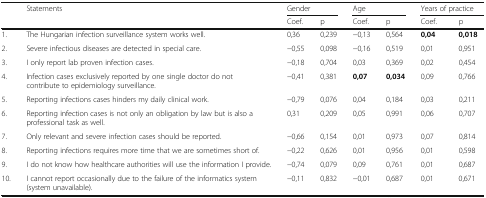
<table><thead><tr><td></td><td><b>Statements</b></td><td colspan="2"><b>Gender</b></td><td colspan="2"><b>Age</b></td><td colspan="2"><b>Years of practice</b></td></tr><tr><td></td><td></td><td><b>Coef.</b></td><td><b>p</b></td><td><b>Coef.</b></td><td><b>p</b></td><td><b>Coef.</b></td><td><b>p</b></td></tr></thead><tbody><tr><td>1.</td><td>The Hungarian infection surveillance system works well.</td><td>0,36</td><td>0,239</td><td>−0,13</td><td>0,564</td><td><b>0,04</b></td><td><b>0,018</b></td></tr><tr><td>2.</td><td>Severe infectious diseases are detected in special care.</td><td>−0,55</td><td>0,098</td><td>−0,16</td><td>0,519</td><td>0,01</td><td>0,951</td></tr><tr><td>3.</td><td>I only report lab proven infection cases.</td><td>−0,18</td><td>0,704</td><td>0,03</td><td>0,369</td><td>0,02</td><td>0,454</td></tr><tr><td>4.</td><td>Infection cases exclusively reported by one single doctor do not contribute to epidemiology surveillance.</td><td>−0,41</td><td>0,381</td><td><b>0,07</b></td><td><b>0,034</b></td><td>0,09</td><td>0,766</td></tr><tr><td>5.</td><td>Reporting infections cases hinders my daily clinical work.</td><td>−0,79</td><td>0,076</td><td>0,04</td><td>0,184</td><td>0,03</td><td>0,211</td></tr><tr><td>6.</td><td>Reporting infection cases is not only an obligation by law but is also a professional task as well.</td><td>0,31</td><td>0,209</td><td>0,05</td><td>0,991</td><td>0,06</td><td>0,707</td></tr><tr><td>7.</td><td>Only relevant and severe infection cases should be reported.</td><td>−0,66</td><td>0,154</td><td>0,01</td><td>0,973</td><td>0,07</td><td>0,814</td></tr><tr><td>8.</td><td>Reporting infections requires more time that we are sometimes short of.</td><td>−0,22</td><td>0,626</td><td>0,01</td><td>0,956</td><td>0,01</td><td>0,598</td></tr><tr><td>9.</td><td>I do not know how healthcare authorities will use the information I provide.</td><td>−0,74</td><td>0,079</td><td>0,09</td><td>0,761</td><td>0,01</td><td>0,687</td></tr><tr><td>10.</td><td>I cannot report occasionally due to the failure of the informatics system (system unavailable).</td><td>−0,11</td><td>0,832</td><td>−0,01</td><td>0,687</td><td>0,01</td><td>0,671</td></tr></tbody></table>